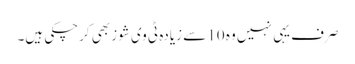
صرف یہی نہیں وہ 10 سے زیادہ ٹی وی شوز بھی کرچکی ہیں۔